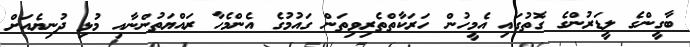
ބާގީންގެ ލީޑަރުންގެ ގޮތުގައި އެމީހުން ހަރަކާތްތެރިވިތަން ގައުމުގެ އެންމެހާ ރައްޔަތުންނާއި މުޅި ދުނިޔެއަށް